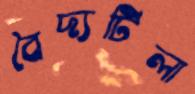
বৈদ্যটিলা